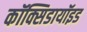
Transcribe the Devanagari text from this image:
कॉक्सिडायॉइड